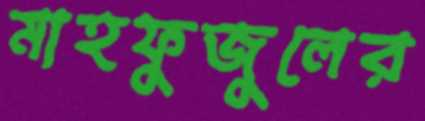
মাহফুজুলের